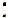
: